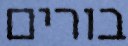
בורים